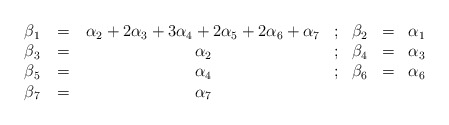
\begin{align*}\begin{array}{ccccccc}\beta _1\,&=&\,\alpha _2+2\alpha _3+3\alpha _4+2\alpha _5+2 \alpha _6+\alpha _7&;&\beta _2 &=& \alpha_1 \cr\beta _3\,&=&\,\alpha _2 & ; & \beta _4 & =& \alpha _3 \cr\beta _5\,&=&\,\alpha _4 &; & \beta _6 & =& \alpha _6 \cr\beta _7\,&=&\,\alpha_7 & \null & \null & \null & \null \cr\end{array}\end{align*}